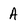
Character: A